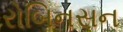
રોબિનસન